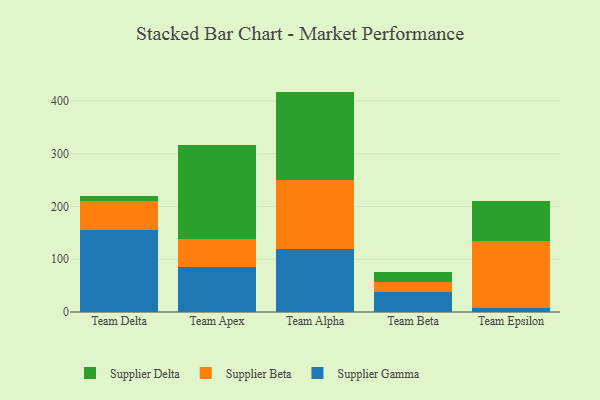
{"axis": {"x": "Team", "y": "LTV (USD)"}, "legend": ["Supplier Beta", "Supplier Delta", "Supplier Gamma"], "data": [{"x": "Team Delta", "y": 155.3, "type": "Supplier Gamma"}, {"x": "Team Delta", "y": 55.7, "type": "Supplier Beta"}, {"x": "Team Delta", "y": 8.3, "type": "Supplier Delta"}, {"x": "Team Apex", "y": 85.5, "type": "Supplier Gamma"}, {"x": "Team Apex", "y": 53.5, "type": "Supplier Beta"}, {"x": "Team Apex", "y": 177.3, "type": "Supplier Delta"}, {"x": "Team Alpha", "y": 118.9, "type": "Supplier Gamma"}, {"x": "Team Alpha", "y": 131.2, "type": "Supplier Beta"}, {"x": "Team Alpha", "y": 167.7, "type": "Supplier Delta"}, {"x": "Team Beta", "y": 38.5, "type": "Supplier Gamma"}, {"x": "Team Beta", "y": 17.7, "type": "Supplier Beta"}, {"x": "Team Beta", "y": 19.9, "type": "Supplier Delta"}, {"x": "Team Epsilon", "y": 7.6, "type": "Supplier Gamma"}, {"x": "Team Epsilon", "y": 126.9, "type": "Supplier Beta"}, {"x": "Team Epsilon", "y": 75.7, "type": "Supplier Delta"}]}